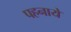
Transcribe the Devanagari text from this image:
पहनायें